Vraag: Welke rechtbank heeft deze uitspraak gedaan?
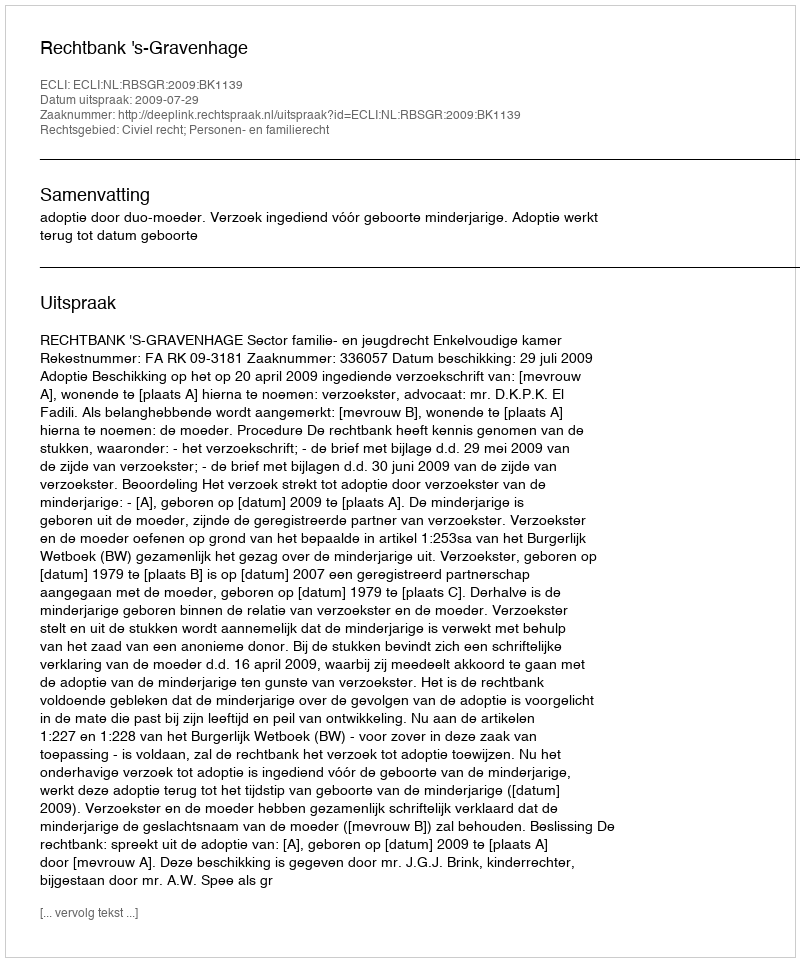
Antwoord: Rechtbank 's-Gravenhage